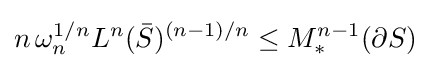
n\,\omega _{n}^{1/n}L^{n}({\bar {S}})^{(n-1)/n}\leq M_{*}^{n-1}(\partial S)